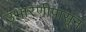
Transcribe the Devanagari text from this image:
उभारणीपासून